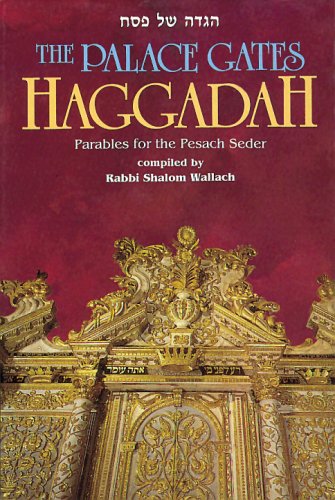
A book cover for The Palace Gates Haggadah: Parables for the Pesach Seder; Shalom Wallach; Religion & Spirituality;